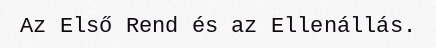
Az Első Rend és az Ellenállás.